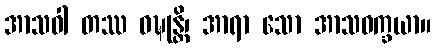
အာသဝါ တဿ ဝဍ္ဎုန္တိ၊ အာရာ သော အာသဝက္ခယာ။